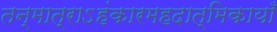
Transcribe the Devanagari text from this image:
तन्मात्राऽहंकारमहदात्मिकायाँ